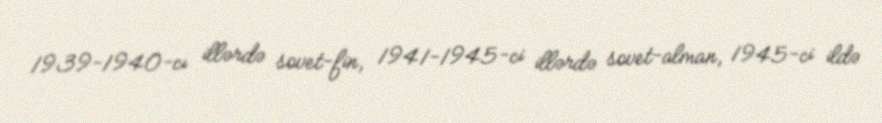
1939-1940-cı illərdə sovet-fin, 1941-1945-ci illərdə sovet-alman, 1945-ci ildə